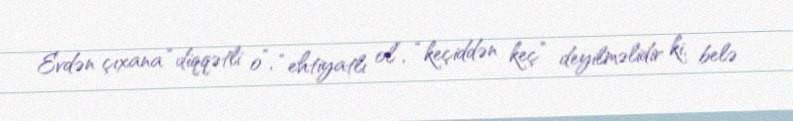
Evdən çıxana “diqqətli o”, “ehtiyatlı ol”, “keçiddən keç” deyilməlidir ki, belə